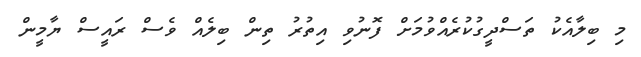
މި ބިލާއެކު ތަސްދީގުކުރެއްވުމަށް ފޮނުވި އިތުރު ތިން ބިލެއް ވެސް ރައީސް ޔާމީން